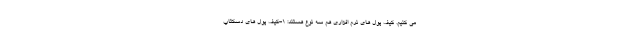
می کنیم. کیف پول های نرم افزاری هم سه نوع هستند: 1-کیف پول های دسکتاپ